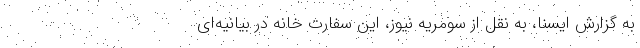
به گزارش ایسنا، به نقل از سومریه نیوز، این سفارت خانه در بیانیه‌ای